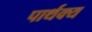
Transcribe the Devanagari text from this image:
पार्थक्‍य